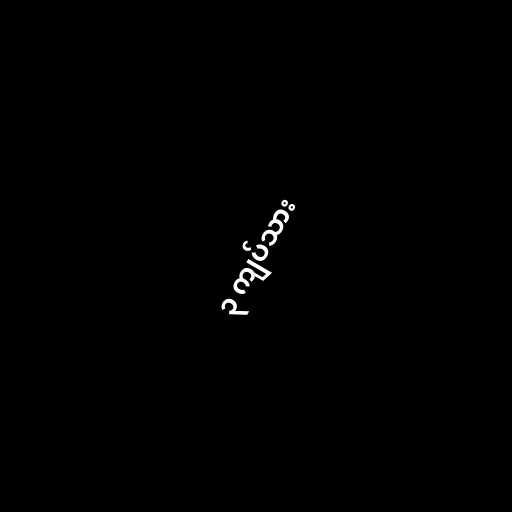
၃ ကျပ်သား